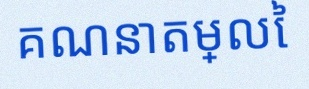
គណនាតម្លៃ